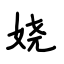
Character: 娆